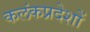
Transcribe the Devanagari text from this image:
कलंकप्रदेशों